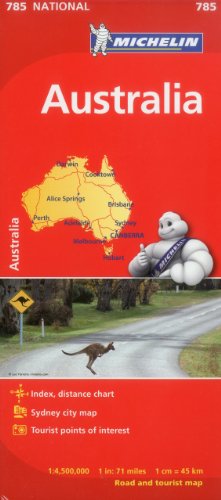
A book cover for Michelin Australia Map 785 (Maps/Country (Michelin)); Michelin Travel & Lifestyle; Travel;